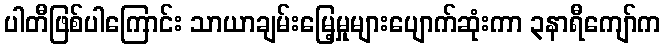
ပါတီဖြစ်ပါကြောင်း သာယာချမ်းမြေ့မှုများပျောက်ဆုံးကာ ၃နာရီကျော်က